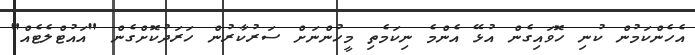
އެހެންކަމުން ކުނި ހޮވައިގެން އުޅޭ އެންމެ ނިކަމެތި މީހުންނަށް ސަރުކާރުން ހަރަދުކޮށްގެން "އައުޓްލެޓެއް"